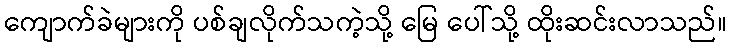
ကျောက်ခဲများကို ပစ်ချလိုက်သကဲ့သို့ မြေ ပေါ်သို့ ထိုးဆင်းလာသည်။